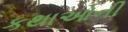
કથાઓની